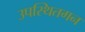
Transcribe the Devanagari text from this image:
उपस्थितगन